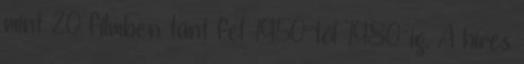
mint 20 filmben tűnt fel 1950-től 1980-ig. A híres